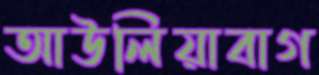
আউলিয়াবাগ